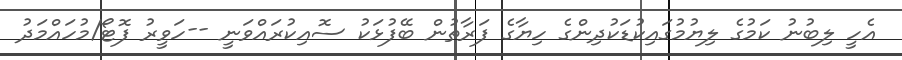
އެހީ ލިބުނު ކަމުގެ ލިޔުމުގައިކުޑަކުދިންގެ ހިޔާގެ ފަރާތުން ބޭފުޅަކު ސޮއިކުރައްވަނީ --ހަވީރު ފޮޓޯ/މުހައްމަދު